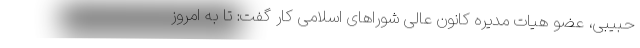
حبیبی، عضو هیات مدیره کانون عالی شوراهای اسلامی کار گفت: تا به امروز